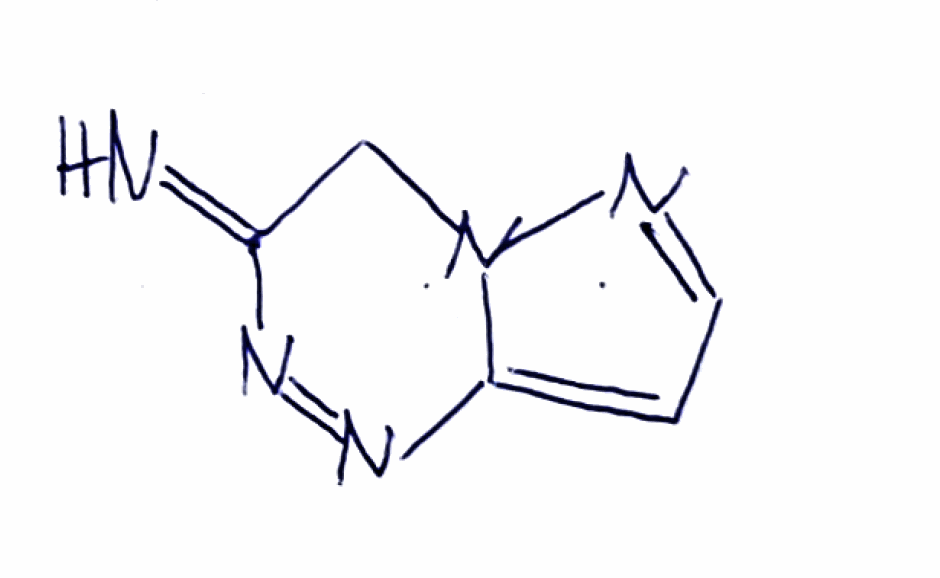
Simplified molecular-input line-entry system (SMILES) notation of the given molecule:
C1C(=N)N=NC2=CC=NN21